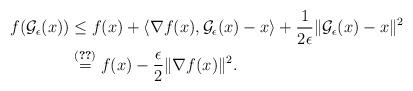
LaTeX: \begin{align*}f(\mathcal{G}_{\epsilon}(x)) &\leq f(x) + \langle \nabla f(x), \mathcal{G}_{\epsilon}(x)- x\rangle + \frac{1}{2\epsilon}\| \mathcal{G}_{\epsilon}(x) - x\|^2\\&\overset{\eqref{eq:one}}{=}f(x) - \frac{\epsilon}{2}\|\nabla f(x)\|^2.\end{align*}